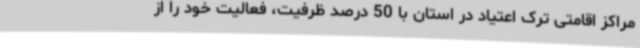
مراکز اقامتی ترک اعتیاد در استان با 50 درصد ظرفیت، فعالیت خود را از